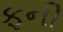
ફની